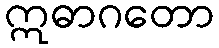
ဣဓာဂတော